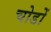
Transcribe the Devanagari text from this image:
चोडों